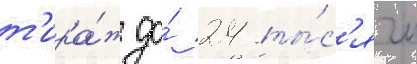
т'ира́ж до́ 24 ты́с'ячи